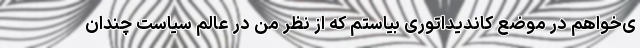
ی‌خواهم در موضع کاندیداتوری بیاستم که از نظر من در عالم سیاست چندان